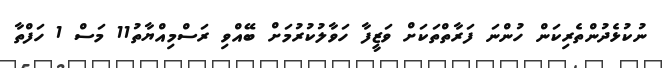
ނުކުޅެދުންތެރިކަން ހުންނަ ފަރާތްތަކަށް ވަޒީފާ ހަވާލުކުރުމަށް ބޭއްވި ރަސްމިއްޔާތު11 މަސް 1 ހަފްތާ